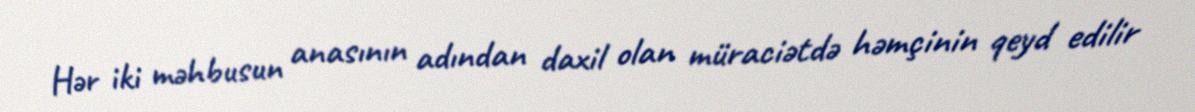
Hər iki məhbusun anasının adından daxil olan müraciətdə həmçinin qeyd edilir